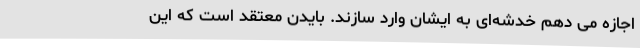
اجازه می دهم خدشه‌ای به ایشان وارد سازند. بایدن معتقد است که این